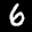
Label: 6